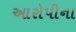
આરોપીના